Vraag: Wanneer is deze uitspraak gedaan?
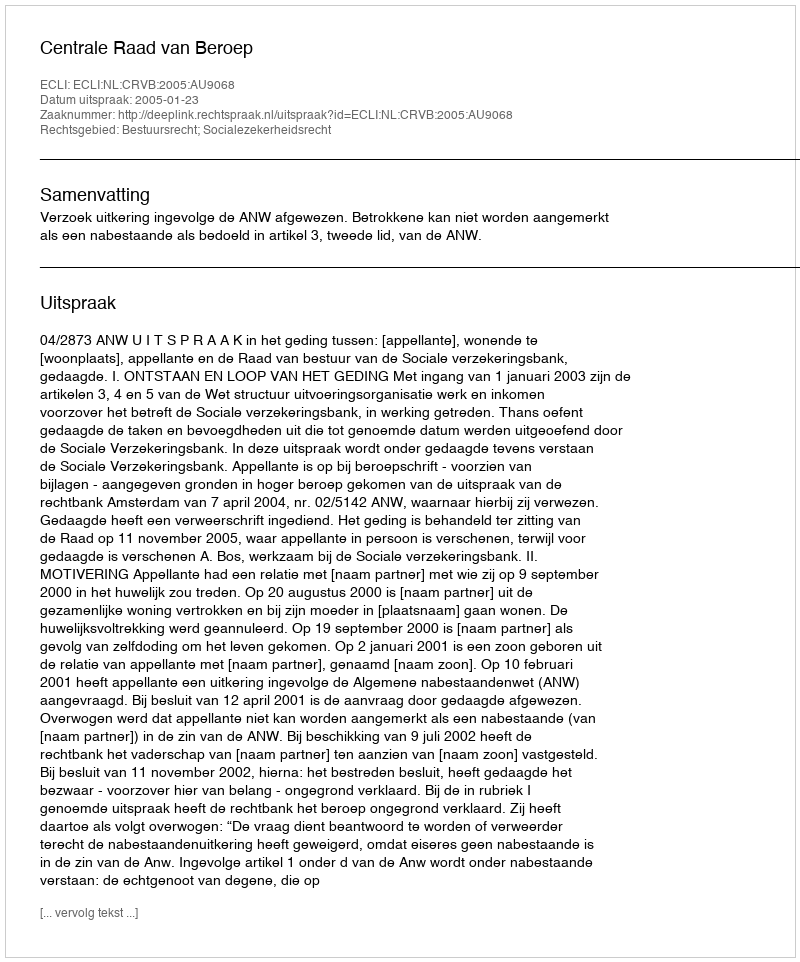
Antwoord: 2005-01-23